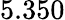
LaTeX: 5.350